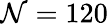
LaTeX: \mathcal{N}=120